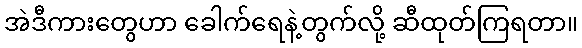
အဲဒီကားတွေဟာ ခေါက်ရေနဲ့တွက်လို့ ဆီထုတ်ကြရတာ။